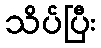
သိပ်ပြီး